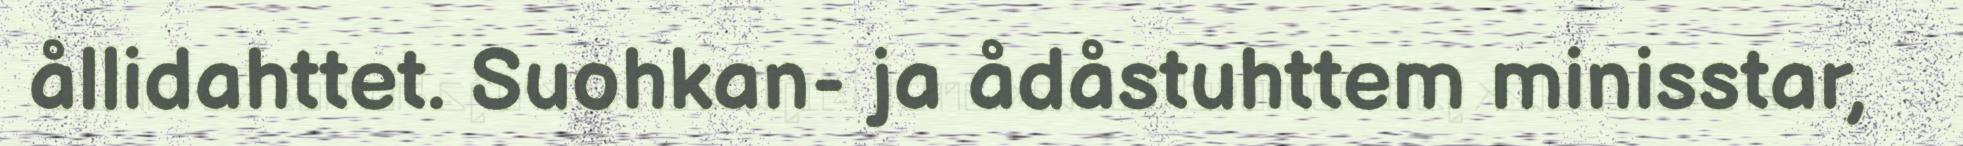
ållidahttet. Suohkan- ja ådåstuhttem minisstar,